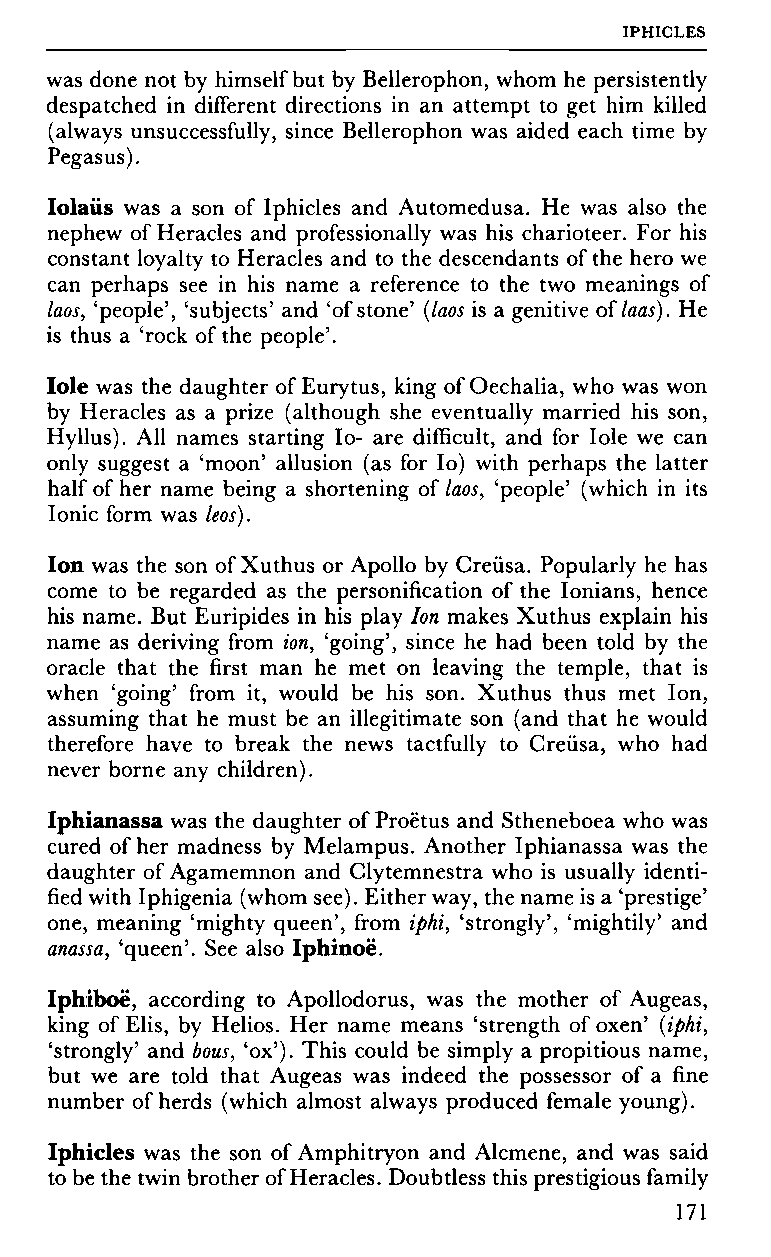
IPHIGLES
 was done not by himself but by Bellerophon, whom he persistently
 despatched in different directions in an attempt to get him killed
 (always unsuccessfully, since Bellerophon was aided each time by
 Pegasus).
 Iolaiis was a son of Iphicles and Automedusa. He was also the
 nephew of Heracles and professionally was his charioteer. For his
 constant loyalty to Heracles and to the descendants of the hero we
 can perhaps see in his name a reference to the two meanings of
 laos, 'people', 'subjects' and 'of stone' (laos is a genitive oïlaas). He
 is thus a 'rock of the people'.
 Iole was the daughter of Eurytus, king of Oechalia, who was won
 by Heracles as a prize (although she eventually married his son,
 Hyllus). All names starting lo- are difficult, and for Iole we can
 only suggest a 'moon' allusion (as for lo) with perhaps the latter
 half of her name being a shortening of laos, 'people' (which in its
 Ionic form was leos).
 Ion was the son of Xuthus or Apollo by Creüsa. Popularly he has
 come to be regarded as the personification of the Ionians, hence
 his name. But Euripides in his play Ion makes Xuthus explain his
 name as deriving from ion, 'going', since he had been told by the
 oracle that the first man he met on leaving the temple, that is
 when 'going' from it, would be his son. Xuthus thus met Ion,
 assuming that he must be an illegitimate son (and that he would
 therefore have to break the news tactfully to Creüsa, who had
 never borne any children).
 Iphianassa was the daughter of Proëtus and Stheneboea who was
 cured of her madness by Melampus. Another Iphianassa was the
 daughter of Agamemnon and Clytemnestra who is usually identi
 fied with Iphigenia (whom see). Either way, the name is a 'prestige'
 one, meaning 'mighty queen', from iphi, 'strongly', 'mightily' and
 anassa, 'queen'. See also Iphinoë.
 Iphiboë, according to Apollodorus, was the mother of Augeas,
 king of Elis, by Helios. Her name means 'strength of oxen' (iphi,
 'strongly' and bous, 'ox'). This could be simply a propitious name,
 but we are told that Augeas was indeed the possessor of a fine
 number of herds (which almost always produced female young).
 Iphicles was the son of Amphitryon and Alcmene, and was said
 to be the twin brother of Heracles. Doubtless this prestigious family
 171